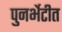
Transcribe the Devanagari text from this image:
पुनर्भेटीत